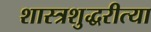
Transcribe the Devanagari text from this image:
शास्त्रशुद्धरीत्या